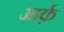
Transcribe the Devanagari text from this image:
आर्क़